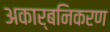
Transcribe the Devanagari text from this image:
अकार्बनिकरण